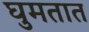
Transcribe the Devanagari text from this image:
घुमतात